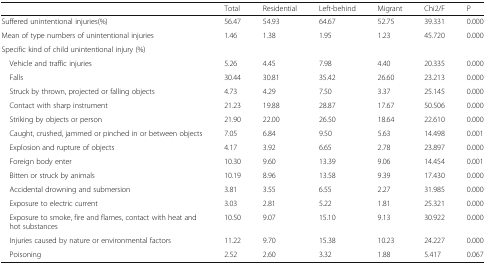
<table><thead><tr><td></td><td><b>Total</b></td><td><b>Residential</b></td><td><b>Left-behind</b></td><td><b>Migrant</b></td><td><b>Chi2/F</b></td><td><b>P</b></td></tr></thead><tbody><tr><td>Suffered unintentional injuries(%)</td><td>56.47</td><td>54.93</td><td>64.67</td><td>52.75</td><td>39.331</td><td>0.000</td></tr><tr><td>Mean of type numbers of unintentional injuries</td><td>1.46</td><td>1.38</td><td>1.95</td><td>1.23</td><td>45.720</td><td>0.000</td></tr><tr><td colspan="7">Specific kind of child unintentional injury (%)</td></tr><tr><td> Vehicle and traffic injuries</td><td>5.26</td><td>4.45</td><td>7.98</td><td>4.40</td><td>20.335</td><td>0.000</td></tr><tr><td> Falls</td><td>30.44</td><td>30.81</td><td>35.42</td><td>26.60</td><td>23.213</td><td>0.000</td></tr><tr><td> Struck by thrown, projected or falling objects</td><td>4.73</td><td>4.29</td><td>7.50</td><td>3.37</td><td>25.145</td><td>0.000</td></tr><tr><td> Contact with sharp instrument</td><td>21.23</td><td>19.88</td><td>28.87</td><td>17.67</td><td>50.506</td><td>0.000</td></tr><tr><td> Striking by objects or person</td><td>21.90</td><td>22.00</td><td>26.50</td><td>18.64</td><td>22.610</td><td>0.000</td></tr><tr><td> Caught, crushed, jammed or pinched in or between objects</td><td>7.05</td><td>6.84</td><td>9.50</td><td>5.63</td><td>14.498</td><td>0.001</td></tr><tr><td> Explosion and rupture of objects</td><td>4.17</td><td>3.92</td><td>6.65</td><td>2.78</td><td>23.897</td><td>0.000</td></tr><tr><td> Foreign body enter</td><td>10.30</td><td>9.60</td><td>13.39</td><td>9.06</td><td>14.454</td><td>0.001</td></tr><tr><td> Bitten or struck by animals</td><td>10.19</td><td>8.96</td><td>13.58</td><td>9.39</td><td>17.430</td><td>0.000</td></tr><tr><td> Accidental drowning and submersion</td><td>3.81</td><td>3.55</td><td>6.55</td><td>2.27</td><td>31.985</td><td>0.000</td></tr><tr><td> Exposure to electric current</td><td>3.03</td><td>2.81</td><td>5.22</td><td>1.81</td><td>25.321</td><td>0.000</td></tr><tr><td> Exposure to smoke, fire and flames, contact with heat and hot substances</td><td>10.50</td><td>9.07</td><td>15.10</td><td>9.13</td><td>30.922</td><td>0.000</td></tr><tr><td> Injuries caused by nature or environmental factors</td><td>11.22</td><td>9.70</td><td>15.38</td><td>10.23</td><td>24.227</td><td>0.000</td></tr><tr><td> Poisoning</td><td>2.52</td><td>2.60</td><td>3.32</td><td>1.88</td><td>5.417</td><td>0.067</td></tr></tbody></table>